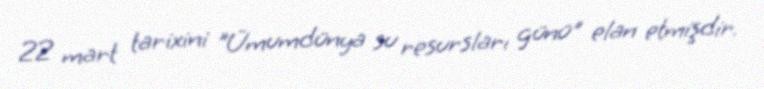
22 mart tarixini "Ümumdünya su resursları günü" elan etmişdir.